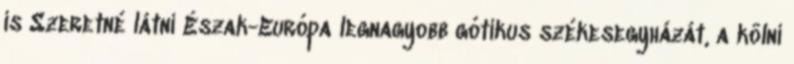
is Szeretné látni Észak-Európa legnagyobb gótikus székesegyházát, a kölni